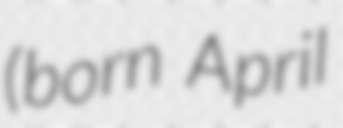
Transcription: (born April